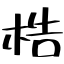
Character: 梏